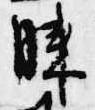
膝